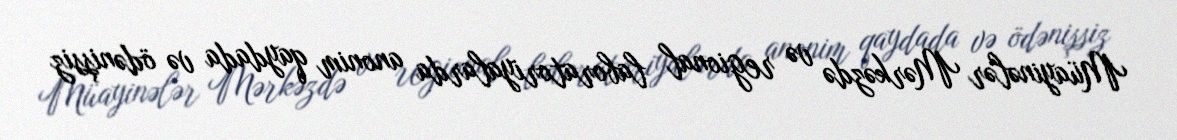
Müayinələr Mərkəzdə və regional laboratoriyalarda anonim qaydada və ödənişsiz